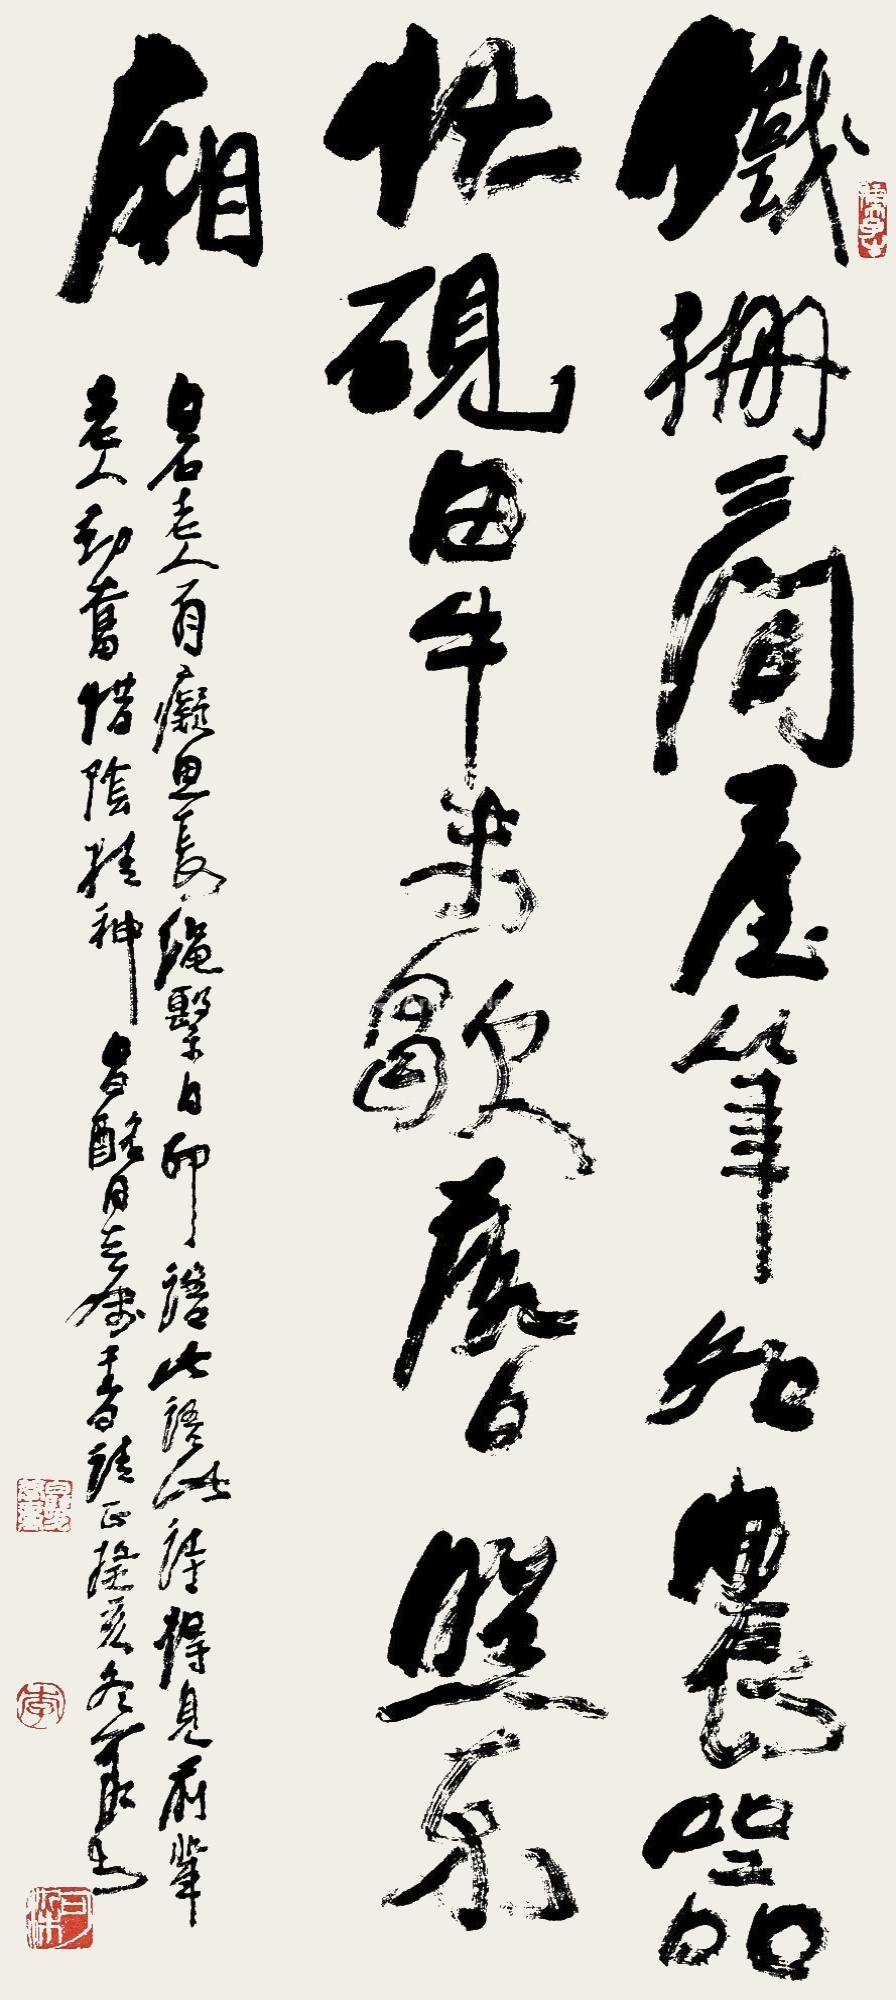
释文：铁栅三间屋，笔如农器忙。砚田牛未歇，落日照东厢。白石老人有痴思长绳系日印语，此语此诗得见前辈老人勤奋惜阴精神，昌酩同志属书请正，癸亥冬，可染书。